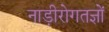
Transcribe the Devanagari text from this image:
नाड़ीरोगतज्ञों